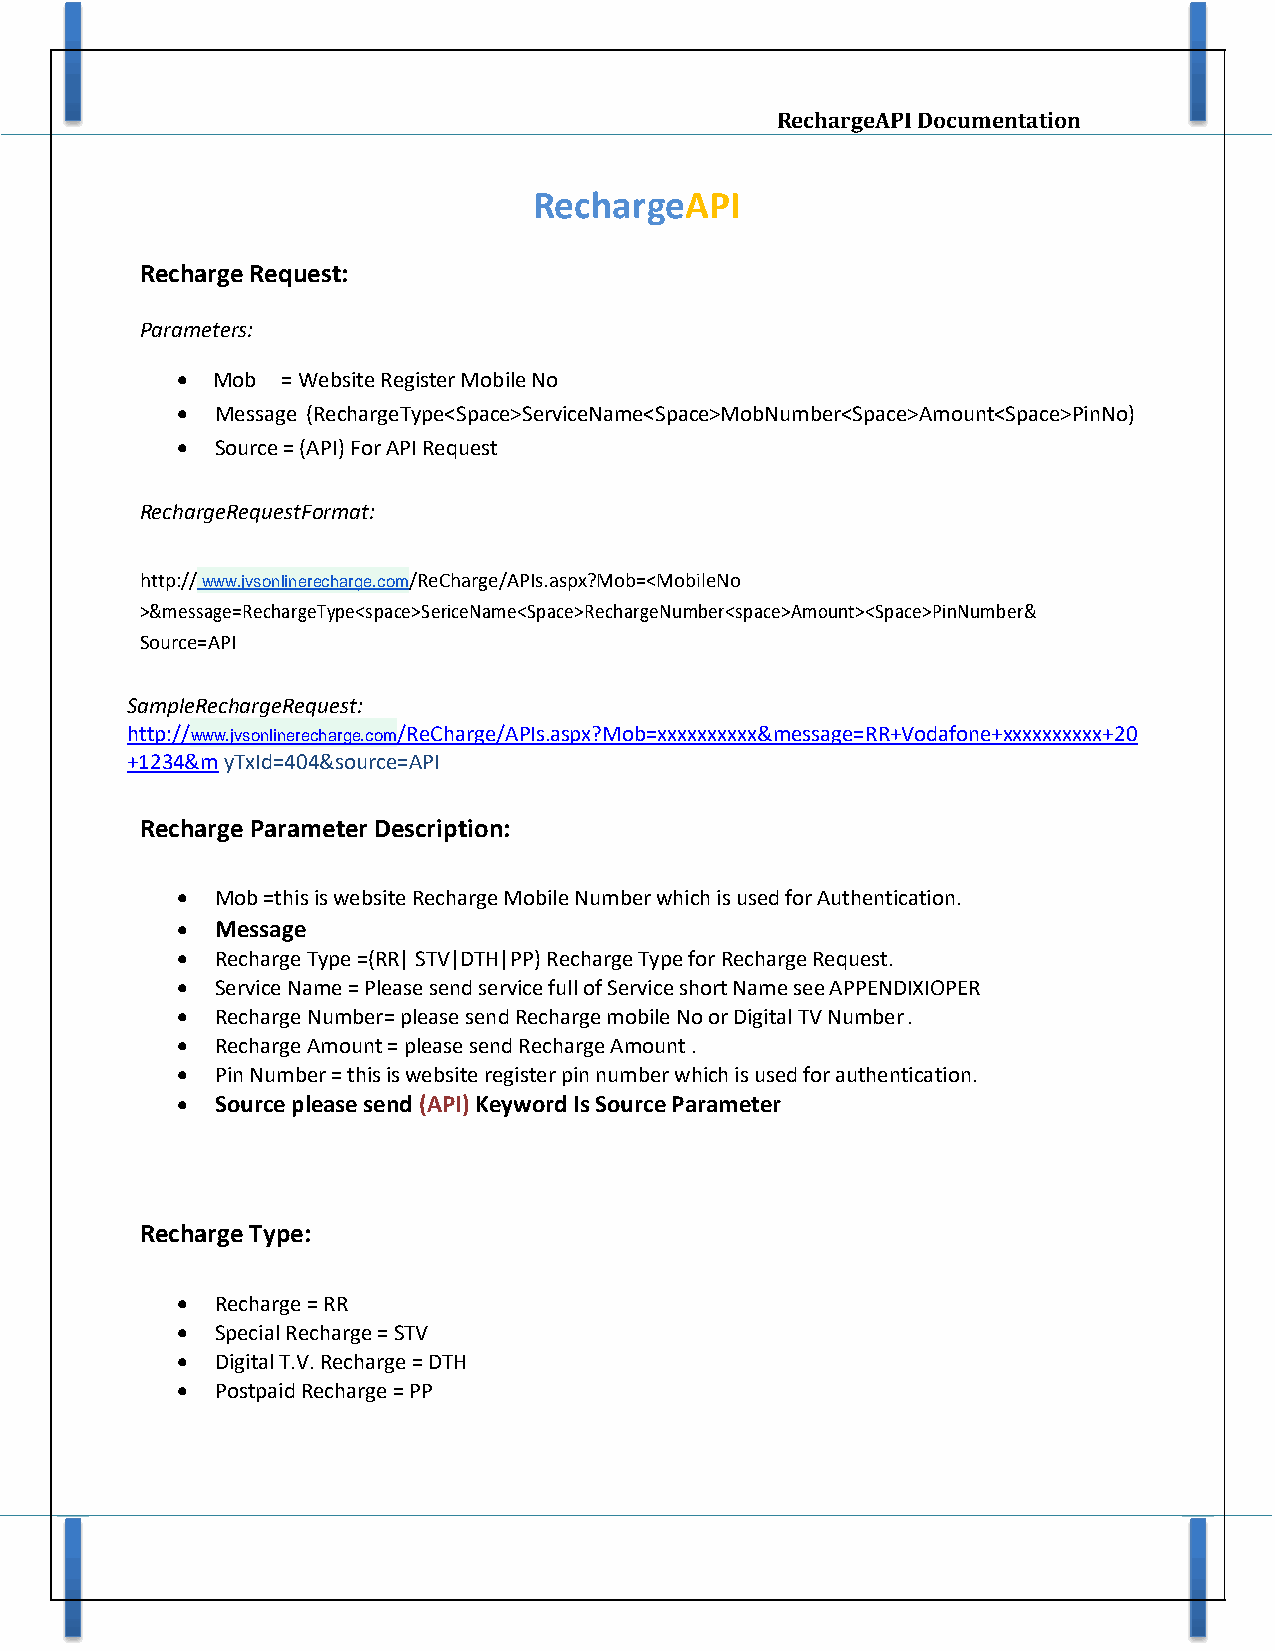
RechargeAPI Documentation
 RechargeAPI
 Recharge Request:
 Parameters:
  Mob  = Website Register Mobile No
  Message (RechargeType<Space>ServiceName<Space>MobNumber<Space>Amount<Space>PinNo)
  Source = (API) For API Request
 RechargeRequestFormat:
 http:// www.jvsonlinerecharge.com/ReCharge/APIs.aspx?Mob=<MobileNo
 >&message=RechargeType<space>SericeName<Space>RechargeNumber<space>Amount><Space>PinNumber&
 Source=API
 SampleRechargeRequest:
 http://www.jvsonlinerecharge.com/ReCharge/APIs.aspx?Mob=xxxxxxxxxx&message=RR+Vodafone+xxxxxxxxxx+20
 +1234&m yTxId=404&source=API
 Recharge Parameter Description:
  Mob =this is website Recharge Mobile Number which is used for Authentication.
  Message
  Recharge Type =(RR| STV|DTH|PP) Recharge Type for Recharge Request.
  Service Name = Please send service full of Service short Name see APPENDIXIOPER
  Recharge Number= please send Recharge mobile No or Digital TV Number .
  Recharge Amount = please send Recharge Amount .
  Pin Number = this is website register pin number which is used for authentication.
  Source please send (API) Keyword Is Source Parameter
 Recharge Type:
  Recharge = RR
  Special Recharge = STV
  Digital T.V. Recharge = DTH
  Postpaid Recharge = PP